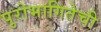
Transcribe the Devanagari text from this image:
पुरोभागितेची